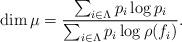
LaTeX: \begin{align*} \dim\mu = \frac{\sum_{i\in\Lambda} p_i \log p_i}{\sum_{i\in\Lambda} p_i \log \rho(f_i)}.\end{align*}